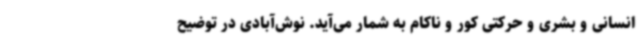
انسانی و بشری و حرکتی کور و ناکام به شمار می‌آید. نوش‌آبادی در توضیح